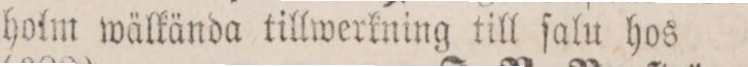
holm wälkända tillwerkning till ſalu hos